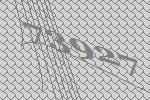
73927